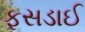
ફસડાઈ